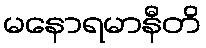
မနောရမာနီတိ